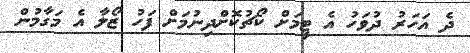
ދެ އަހަރު ދުވަހު އެ ޓީމަށް ކޯޗުކޮށްދިނުމަށް ފަހު ޒޯލާ އެ މަގާމުން